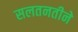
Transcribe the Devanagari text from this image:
सलतनतीने